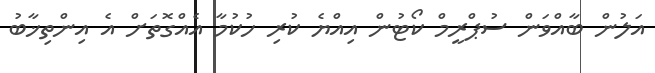
އަލުން ބާއްވަން ސުޕްރީމް ކޯޓުން އިއްޔެ ކުރި ހުކުމާ އެއްގޮތަށް އެ އިންތިޚާބު